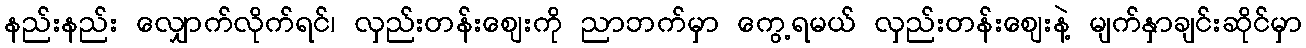
နည်းနည်း လျှောက်လိုက်ရင်၊ လှည်းတန်းဈေးကို ညာဘက်မှာ ကွေ့ရမယ် လှည်းတန်းဈေးနဲ့ မျက်နှာချင်းဆိုင်မှာ